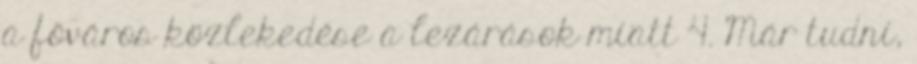
a főváros közlekedése a lezárások miatt 4. Már tudni,